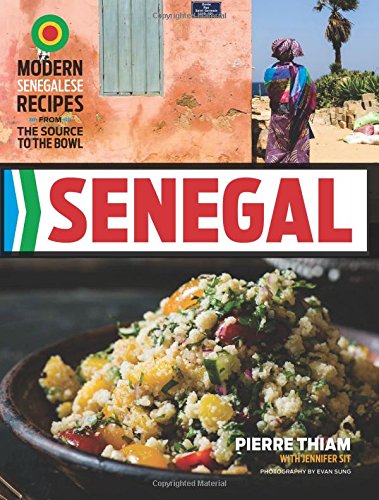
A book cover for Senegal: Modern Senegalese Recipes from the Source to the Bowl; Pierre Thiam; Cookbooks, Food & Wine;